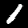
Label: 1